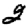
Digit: 2